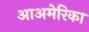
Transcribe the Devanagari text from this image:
आअमेरिका